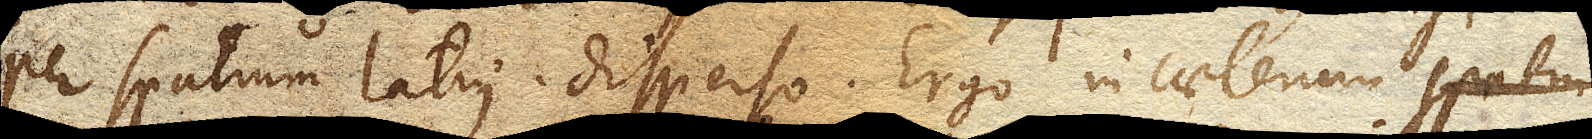
per spatium latius disperso. Ergo in caeterum spatiu